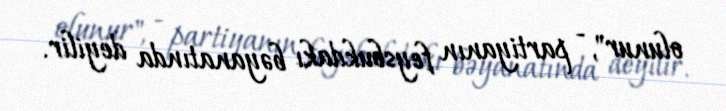
olunur", - partiyanın feysbukdakı bəyanatında deyilir.